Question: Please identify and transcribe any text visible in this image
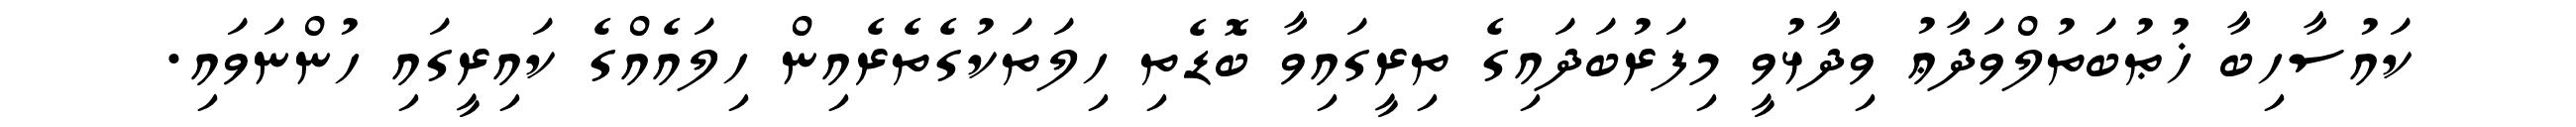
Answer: ކައުސާހިބާ ޚުޠުބަތުލްވަދާޢު ވިދާޅުވީ މިފަރުބަދައިގެ ތިރީގައިވާ ބޮޑެތި ހިލަތަކުގެތެރެއިން ހިލައެއްގެ ކައިރީގައި ހުންނަވައި.